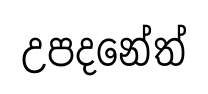
උපදනේත්